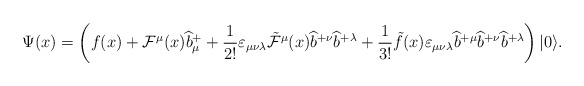
\begin{align*}\Psi(x) = \left( f(x) + {\cal F}^\mu(x) \widehat{b}_\mu^+ + \frac{1}{2!} \varepsilon_{\mu\nu\lambda} {\tilde{\cal F}}^\mu(x) \widehat{b}^{+\nu} \widehat{b}^{+\lambda} + \frac{1}{3!} \tilde{f}(x) \varepsilon_{\mu\nu\lambda}\widehat{b}^{+\mu} \widehat{b}^{+\nu} \widehat{b}^{+\lambda} \right) |0\rangle.\end{align*}